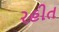
રહીત